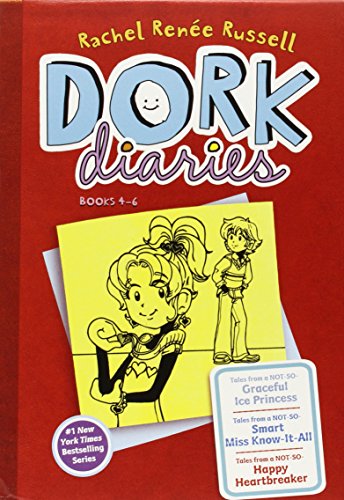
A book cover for Dork Diaries Box Set (Books 4-6): Dork Diaries 4; Dork Diaries 5; Dork Diaries 6; Rachel RenÃ©e Russell; Children's Books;